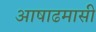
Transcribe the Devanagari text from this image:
आषाढमासी